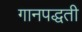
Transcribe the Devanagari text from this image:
गानपद्धती